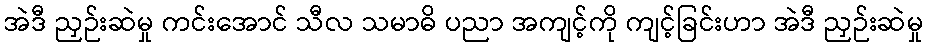
အဲဒီ ညှဉ်းဆဲမှု ကင်းအောင် သီလ သမာဓိ ပညာ အကျင့်ကို ကျင့်ခြင်းဟာ အဲဒီ ညှဉ်းဆဲမှု